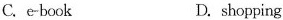
C.e-book D.shopping